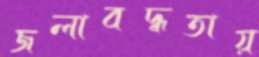
জলাবদ্ধতায়